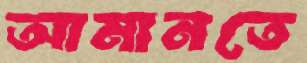
আমানতে